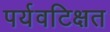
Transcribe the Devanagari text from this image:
पर्यवटिक्षत